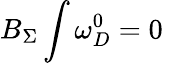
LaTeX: B_{\Sigma}\int\omega_{D}^{0}=0\;